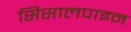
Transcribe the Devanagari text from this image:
सिसालपाइन